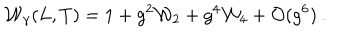
LaTeX: { \cal W } _ { \gamma } ( L , T ) = 1 + g ^ { 2 } { \cal W } _ { 2 } + g ^ { 4 } { \cal W } _ { 4 } + { \cal O } ( g ^ { 6 } ) \ .